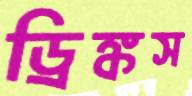
ড্রিঙ্কস